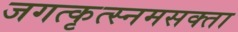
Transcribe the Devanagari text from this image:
जगत्कृत्स्नमसक्ता